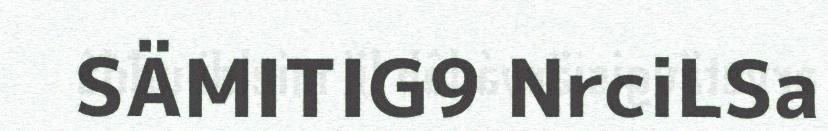
SÄMITIG9 NrciLSa